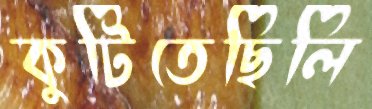
কুটিতেছিলি